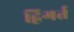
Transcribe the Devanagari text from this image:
द्विगर्त